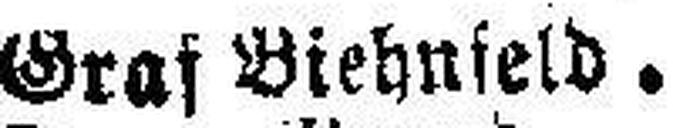
Graf Biehnfeld